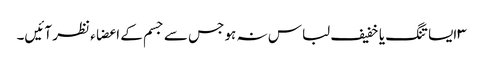
۳ایسا تنگ یا خفیف لباس نہ ہو جس سے جسم کے اعضاء نظر آئیں۔